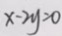
x - 2 y = 0